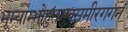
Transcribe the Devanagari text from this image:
भूम्याम्भोहुतभुक्समीरगगनं